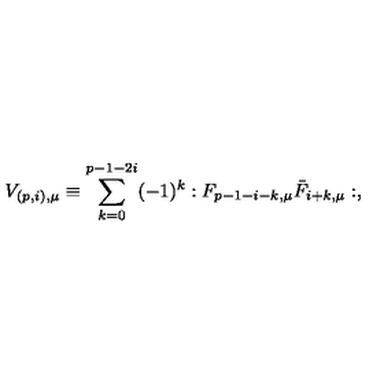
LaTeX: V _ { ( p , i ) , \mu } \equiv \sum _ { k = 0 } ^ { p - 1 - 2 i } ( - 1 ) ^ { k } : F _ { p - 1 - i - k , \mu } \bar { F } _ { { i + k } , \mu } : ,